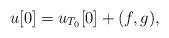
LaTeX: \begin{align*}u[0] = u_{T_0}[0] + (f,g),\end{align*}